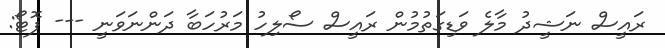
ރައީސް ނަޝީދު މާލެ ވަޑިގަތުމުން ރައީސް ސޯލިހު މަރުހަބާ ދަންނަވަނީ --- ފޮޓޯ: